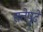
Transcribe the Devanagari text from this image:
सत्तेपुढे